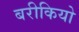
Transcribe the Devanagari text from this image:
बरीकियो